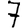
Digit: 7